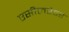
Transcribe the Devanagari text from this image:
एसीलरेटर